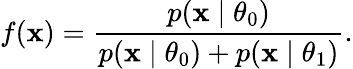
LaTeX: f(\mathbf{x})=\frac{{p(\mathbf{x}\mid\theta_{0})}}{{p(\mathbf{x}\mid\theta_{0})+p(\mathbf{x}\mid\theta_{1})}}.